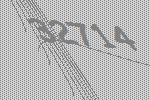
32714